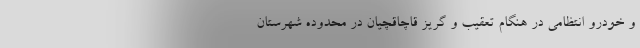
و خودرو انتظامی در هنگام تعقیب و گریز قاچاقچیان در محدوده شهرستان